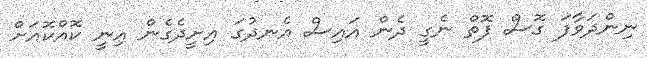
ނިންދަވާފަ ގޮސް ފޮތް ނެގީ ދެން އައިސް އެނދުގަ އިށީދެގެން އިނީ ކޮއްކޮއަށް